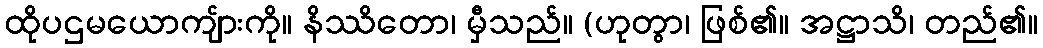
ထိုပဌမယောကျ်ားကို။ နိဿိတော၊ မှီသည်။ (ဟုတွာ၊ ဖြစ်၏။ အဋ္ဌာသိ၊ တည်၏။